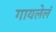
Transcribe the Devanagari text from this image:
गायलेलं